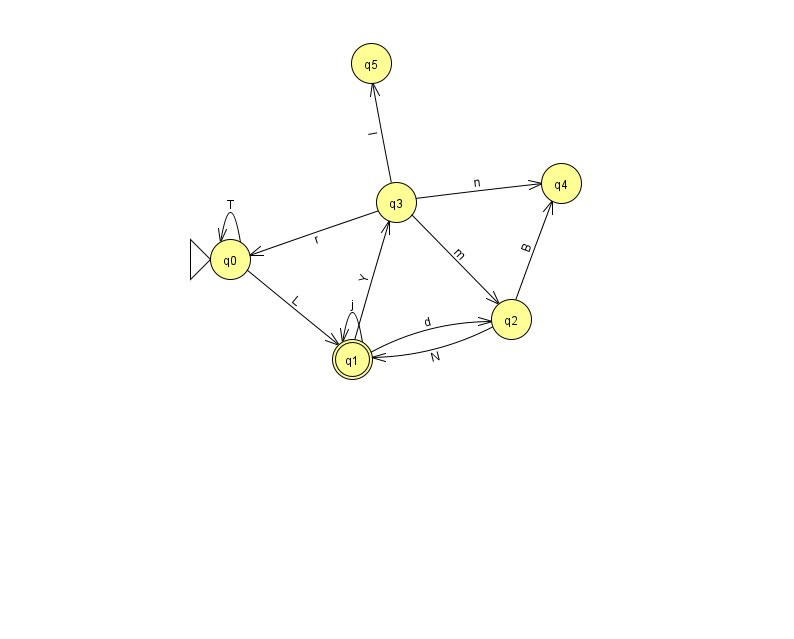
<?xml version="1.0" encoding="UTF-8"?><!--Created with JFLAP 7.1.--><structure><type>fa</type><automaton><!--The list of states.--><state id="0" name="q0"><x>230.0</x><y>246.0</y><initial/></state><state id="1" name="q1"><x>352.0</x><y>346.0</y><final/></state><state id="2" name="q2"><x>511.0</x><y>306.0</y></state><state id="3" name="q3"><x>396.0</x><y>189.0</y></state><state id="4" name="q4"><x>561.0</x><y>170.0</y></state><state id="5" name="q5"><x>371.0</x><y>50.0</y></state><!--The list of transitions.--><transition><from>3</from><to>0</to><read>r</read></transition><transition><from>1</from><to>3</to><read>Y</read></transition><transition><from>2</from><to>1</to><read>N</read></transition><transition><from>3</from><to>5</to><read>l</read></transition><transition><from>0</from><to>0</to><read>T</read></transition><transition><from>0</from><to>1</to><read>L</read></transition><transition><from>3</from><to>4</to><read>n</read></transition><transition><from>1</from><to>2</to><read>d</read></transition><transition><from>1</from><to>1</to><read>j</read></transition><transition><from>3</from><to>2</to><read>m</read></transition><transition><from>2</from><to>4</to><read>B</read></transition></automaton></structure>